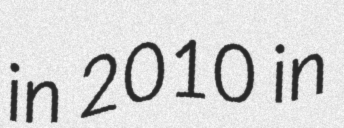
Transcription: in 2010 in